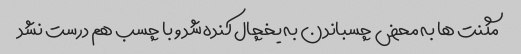
مگنت ها به محض چسباندن به یخچال کنده شد و با چسب هم درست نشد